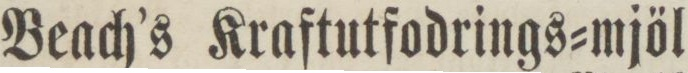
Beach’s Kraftutfodrings=mjöl